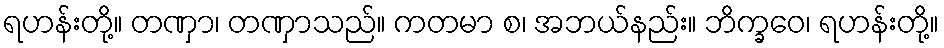
ရဟန်းတို့။ တဏှာ၊ တဏှာသည်။ ကတမာ စ၊ အဘယ်နည်း။ ဘိက္ခဝေ၊ ရဟန်းတို့။